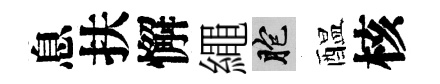
息扶懈繩胞醖核